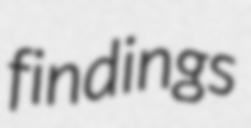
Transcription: findings